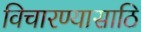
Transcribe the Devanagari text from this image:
विचारण्यासाठि